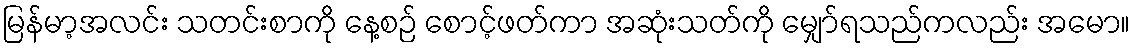
မြန်မာ့အလင်း သတင်းစာကို နေ့စဉ် စောင့်ဖတ်ကာ အဆုံးသတ်ကို မျှော်ရသည်ကလည်း အမော။